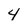
Character: 4